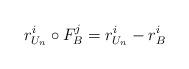
LaTeX: \begin{align*}r_{U_n}^i\circ F_B^j=r_{U_n}^i- r_{B}^i\end{align*}